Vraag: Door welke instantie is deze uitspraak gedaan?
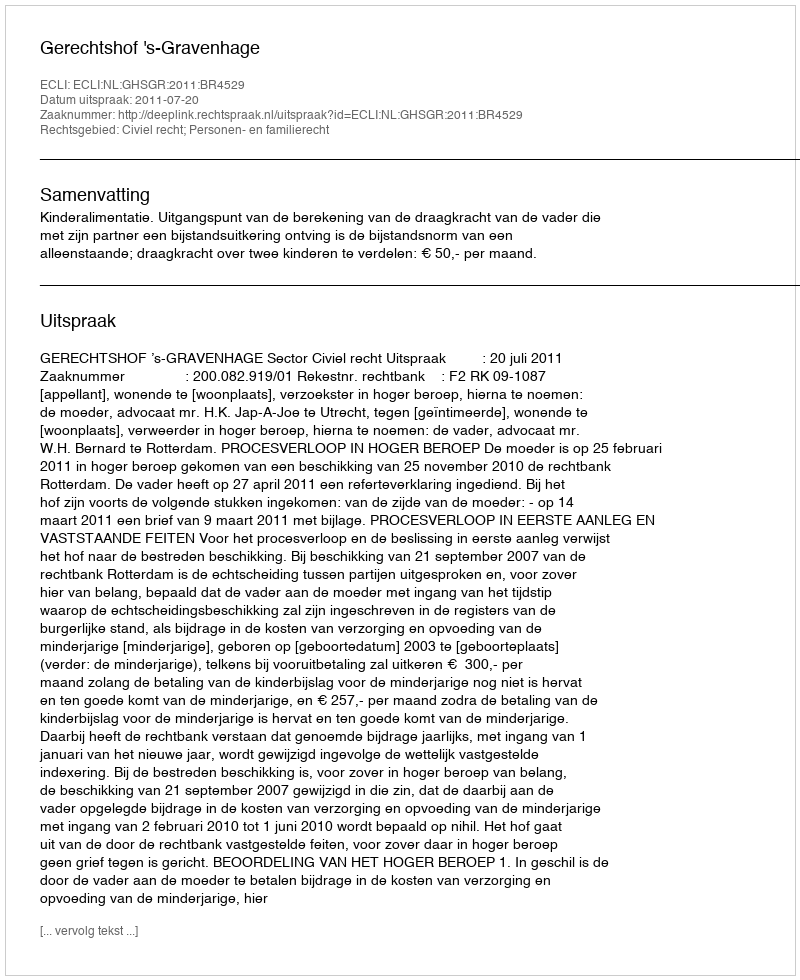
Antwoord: Gerechtshof 's-Gravenhage